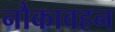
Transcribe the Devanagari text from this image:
नौकावहन